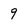
Character: 9